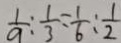
\frac { 1 } { 9 } : \frac { 1 } { 3 } = \frac { 1 } { 6 } : \frac { 1 } { 2 }